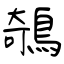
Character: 鵸